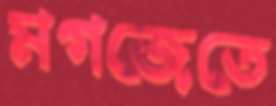
মগজেতে